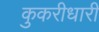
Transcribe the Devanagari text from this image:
कुकरीधारी